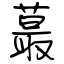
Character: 蕞